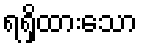
ရရှိထားသော